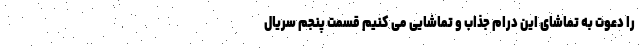
را دعوت به تماشای این درام جذاب و تماشایی می کنیم قسمت پنجم سریال